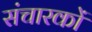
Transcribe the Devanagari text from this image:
संचारकों